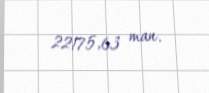
22175,63 man.